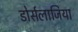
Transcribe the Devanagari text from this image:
डोर्सलाजिया